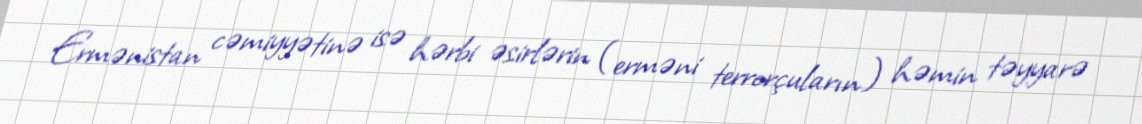
Ermənistan cəmiyyətinə isə hərbi əsirlərin (erməni terrorçuların) həmin təyyarə